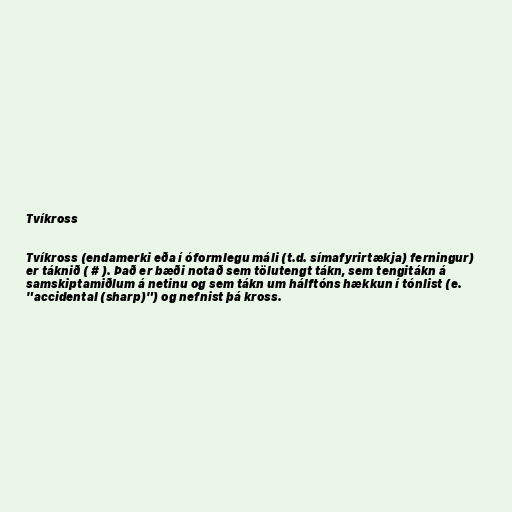
Tvíkross

Tvíkross (endamerki eða í óformlegu máli (t.d. símafyrirtækja) ferningur)
er táknið ( # ). Það er bæði notað sem tölutengt tákn, sem tengitákn á
samskiptamiðlum á netinu og sem tákn um hálftóns hækkun í tónlist (e.
"accidental (sharp)") og nefnist þá kross.